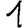
Digit: 1